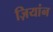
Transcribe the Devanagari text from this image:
ज़ियांन